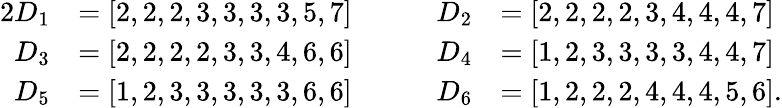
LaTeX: \begin{array}{rlrl}{2D_{1}}&{=[2,2,2,3,3,3,3,5,7]\qquad}&{D_{2}}&{=[2,2,2,2,3,4,4,4,7]}\\ {D_{3}}&{=[2,2,2,2,3,3,4,6,6]\qquad}&{D_{4}}&{=[1,2,3,3,3,3,4,4,7]}\\ {D_{5}}&{=[1,2,3,3,3,3,3,6,6]\qquad}&{D_{6}}&{=[1,2,2,2,4,4,4,5,6].}\end{array}